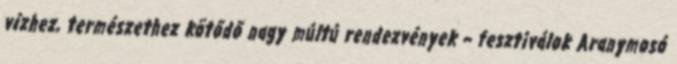
vízhez, természethez kötődő nagy múltú rendezvények – fesztiválok Aranymosó